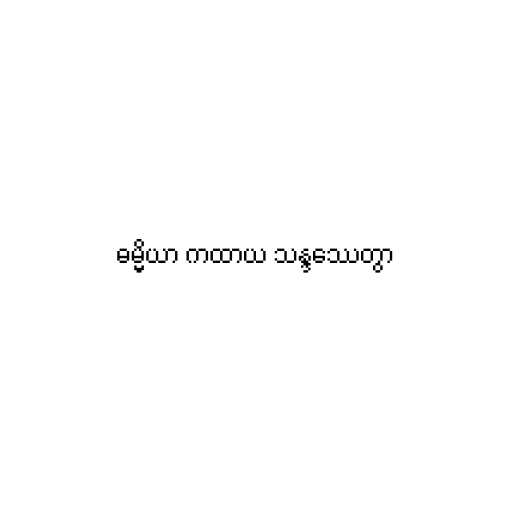
ဓမ္မိယာ ကထာယ သန္ဒဿေတွာ